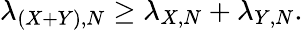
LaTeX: \lambda_{(X+Y),N}\geq\lambda_{X,N}+\lambda_{Y,N}.